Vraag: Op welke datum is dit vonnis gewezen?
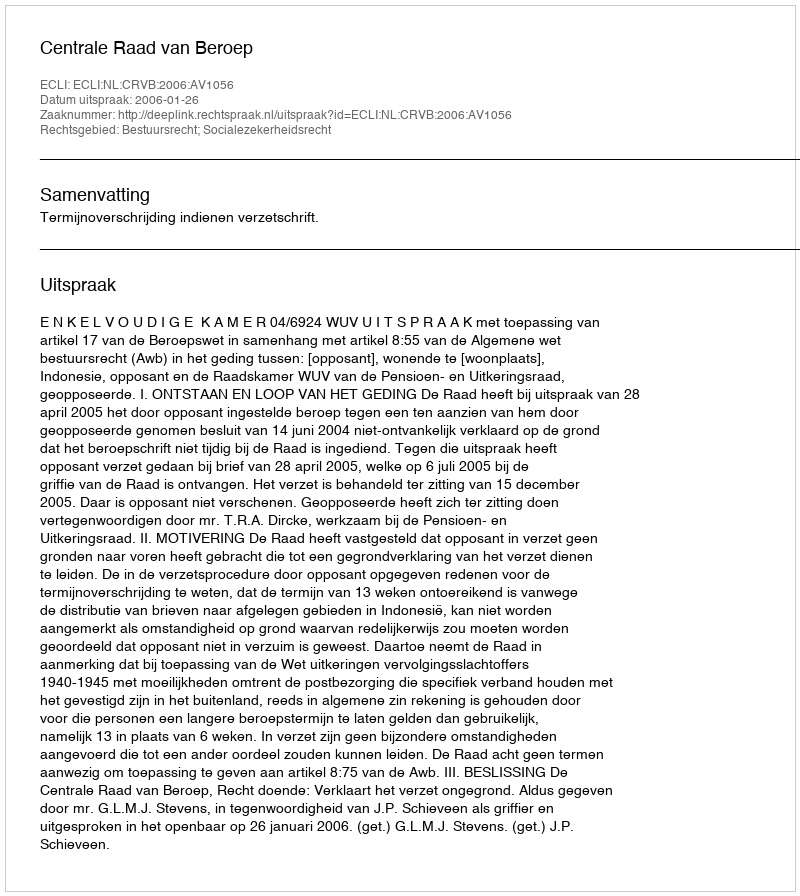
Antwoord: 2006-01-26